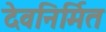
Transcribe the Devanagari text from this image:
देवनिर्मित